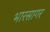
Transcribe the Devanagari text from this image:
भारसागर